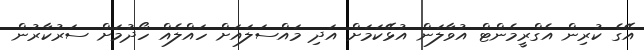
އޭގެ ކުރިން އެގްރީމެންޓް އުވާލަން އުޅޭކަމަށް އަދި މައްސަލައަށް ހައްލެއް ހޯދުމަށް ސަރުކާރުން